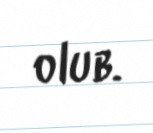
olub.